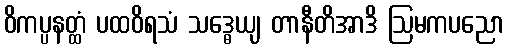
ဝိကပ္ပနတ္ထံ ပထဝိရသံ သဒ္ဓေယျ တာနီတိအာဒိ ဩမကပညော